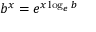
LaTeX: b ^ { x } = e ^ { x \log _ { e } b }